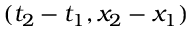
( t _ { 2 } - t _ { 1 } , x _ { 2 } - x _ { 1 } )